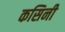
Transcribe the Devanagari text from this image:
कसिनी